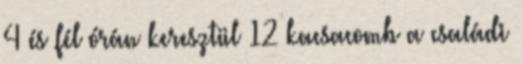
4 és fél órán keresztül 12 kacsacomb a családi